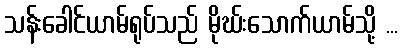
သန်းခေါင်ယာမ်ရုပ်သည် မိုဃ်းသောက်ယာမ်သို့ ...